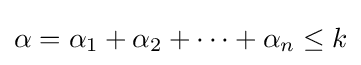
\alpha =\alpha _{1}+\alpha _{2}+\cdots +\alpha _{n}\leq k